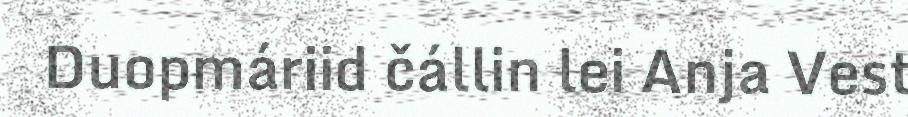
Duopmáriid čállin lei Anja Vest